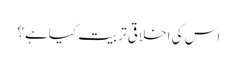
اس کی اخلاقی تربیت کیاہے؟